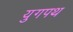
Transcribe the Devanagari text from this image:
युगपथ